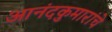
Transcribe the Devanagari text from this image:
आनंदकुमारांचे